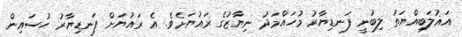
އަޣުލަބިއްޔަތު ލިބުނީ ފަނޑިޔާރު މުހައްމަދު ނިޔާޒުގެ ރައުޔަށެވެ. އެ ރައުޔަށް ފަނޑިޔާރު ހުސައިން